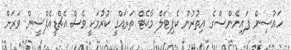
ހައުސިން ފައިނޭންސްގެ އިތުރުން ކެޕިޓަލް މާކެޓް ތަރައްގީ ކުރުމަކީ ވެސް އެޗްޑީއެފްސީން ވަރަށް